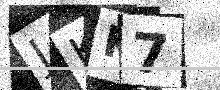
Text: JKK7